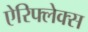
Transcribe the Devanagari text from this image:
ऐरिफ्लेक्स